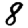
Digit: 8